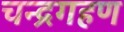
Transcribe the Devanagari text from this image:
चन्द्रगहण